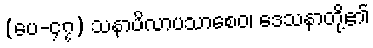
(ပေ-၄၇) သနာပိလာပသာစေဝ၊ ဒေသနာတို့၏